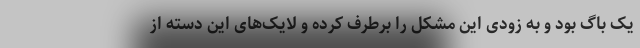
یک باگ بود و به زودی این مشکل را برطرف کرده و لایک‌های این دسته از